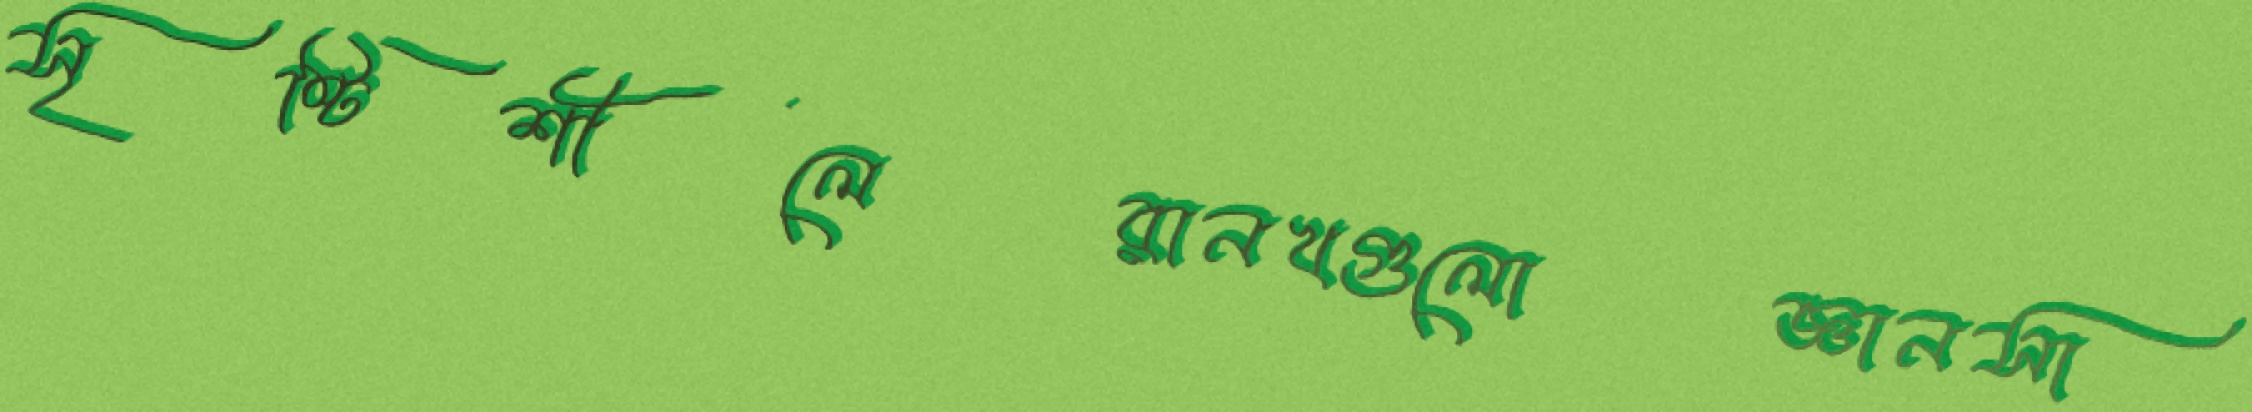
সৃষ্টিশীলেরানখগুলোজ্ঞানসা